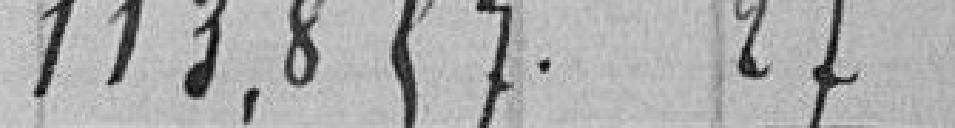
1138,57.27